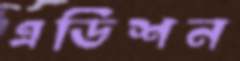
এডিশন